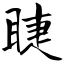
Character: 睫